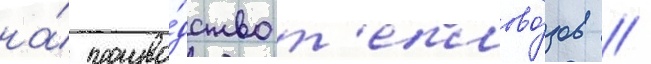
на́ произво́дство т'еплово́зов //